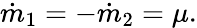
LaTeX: \dot{m}_{1}=-\dot{m}_{2}=\mu.